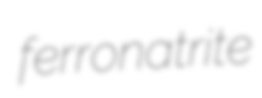
ferronatrite